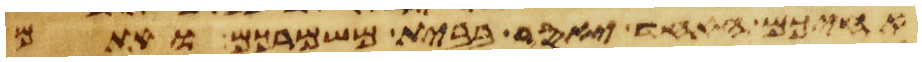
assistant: אחיכם האחד יאסר בבית משמרכם ואתם